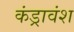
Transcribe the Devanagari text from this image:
कंड्रावंश